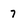
Character: 7